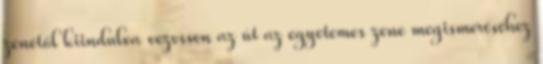
zenétől kiindulva vezessen az út az egyetemes zene megismeréséhez